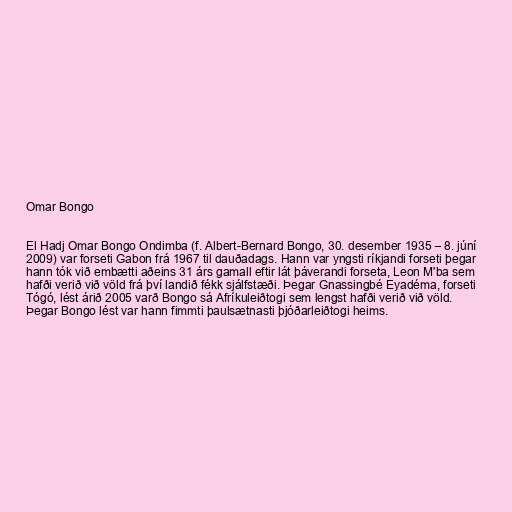
Omar Bongo

El Hadj Omar Bongo Ondimba (f. Albert-Bernard Bongo, 30. desember 1935 – 8. júní
2009) var forseti Gabon frá 1967 til dauðadags. Hann var yngsti ríkjandi forseti þegar
hann tók við embætti aðeins 31 árs gamall eftir lát þáverandi forseta, Leon M'ba sem
hafði verið við völd frá því landið fékk sjálfstæði. Þegar Gnassingbé Eyadéma, forseti
Tógó, lést árið 2005 varð Bongo sá Afríkuleiðtogi sem lengst hafði verið við völd.
Þegar Bongo lést var hann fimmti þaulsætnasti þjóðarleiðtogi heims.